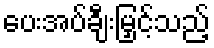
ပေးအပ်ချီးမြှင့်သည့်